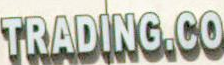
TRADING.CO